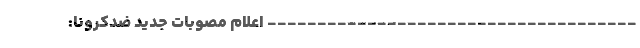
------------------------------------- اعلام مصوبات جدید ضدکرونا: